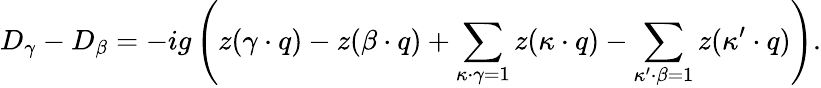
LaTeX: D_{\gamma}-D_{\beta}=-ig\left(z(\gamma\cdot q)-z(\beta\cdot q)+\sum_{\kappa\cdot\gamma=1}z(\kappa\cdot q)-\sum_{\kappa^{\prime}\cdot\beta=1}z(\kappa^{\prime}\cdot q)\right).